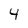
Character: 4